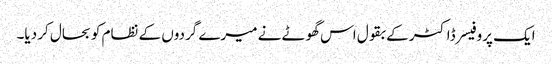
ایک پروفیسر ڈاکٹر کے بقول اس گھوٹے نے میرے گردوں کے نظام کو بحال کر دیا۔